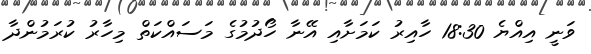
ވަނީ އިއްޔެ 18:30 ހާއިރު ކަމަށާއި އޭނާ ހޯދުމުގެ މަސައްކަތް މިހާރު ކުރަމުންދާ